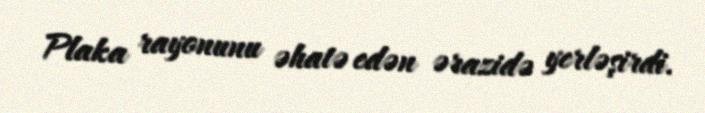
Plaka rayonunu əhatə edən ərazidə yerləşirdi.